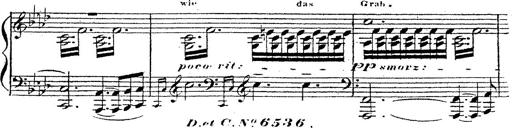
Title: 12 Lieder von Franz Schubert
Composer: Franz Liszt